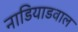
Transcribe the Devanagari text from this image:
नाडियाडवाल